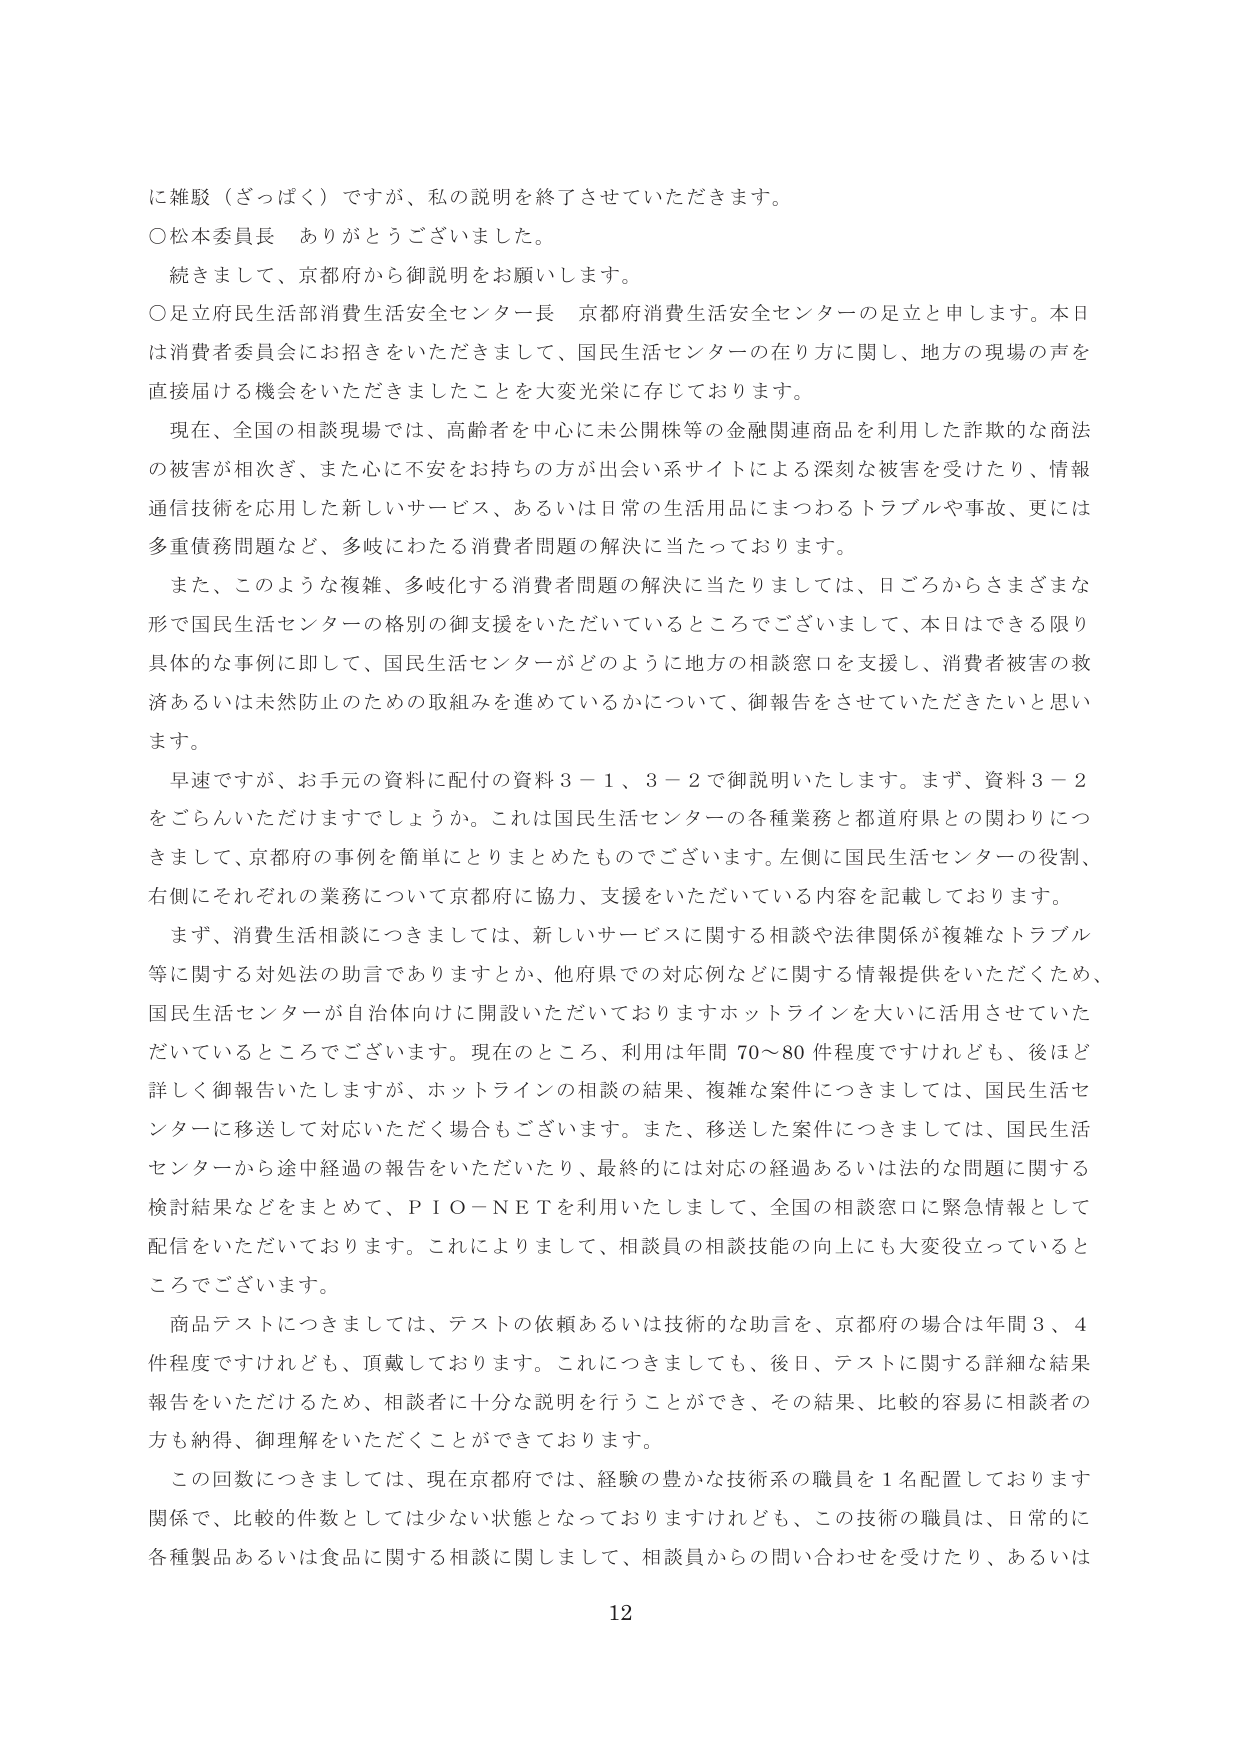
に雑駁（ざっぱく）ですが、私の説明を終了させていただきます。

○松本委員長　ありがとうございました。

　続きまして、京都府から御説明をお願いします。

○足立府民生活部消費生活安全センター長　京都府消費生活安全センターの足立と申します。本日は消費者委員会にお招きをいただきまして、国民生活センターの在り方に関し、地方の現場の声を直接届ける機会をいただきましたことを大変光栄に存じております。

　現在、全国の相談現場では、高齢者を中心に未公開株等の金融関連商品を利用した詐欺的な商法の被害が相次ぎ、また心に不安をお持ちの方が出会い系サイトによる深刻な被害を受けたり、情報通信技術を応用した新しいサービス、あるいは日常の生活用品にまつわるトラブルや事故、更には多重債務問題など、多岐にわたる消費者問題の解決に当たっております。

　また、このような複雑、多岐化する消費者問題の解決に当たりましては、日ごろからさまざまな形で国民生活センターの格別の御支援をいただいているところでございまして、本日はできる限り具体的な事例に即して、国民生活センターがどのように地方の相談窓口を支援し、消費者被害の救済あるいは未然防止のための取組みを進めているかについて、御報告をさせていただきたいと思います。

　早速ですが、お手元の資料に配付の資料３－１、３－２で御説明いたします。まず、資料３－２をごらんいただけますでしょうか。これは国民生活センターの各種業務と都道府県との関わりにつきまして、京都府の事例を簡単にとりまとめたものでございます。左側に国民生活センターの役割、右側にそれぞれの業務について京都府に協力、支援をいただいている内容を記載しております。

　まず、消費生活相談につきましては、新しいサービスに関する相談や法律関係が複雑なトラブル等に関する対処法の助言でありますとか、他府県での対応例などに関する情報提供をいただくため、国民生活センターが自治体向けに開設いただいておりますホットラインを大いに活用させていただいているところでございます。現在のところ、利用は年間70～80件程度ですけれども、後ほど詳しく御報告いたしますが、ホットラインの相談の結果、複雑な案件につきましては、国民生活センターに移送して対応いただく場合もございます。また、移送した案件につきましては、国民生活センターから途中経過の報告をいただいたり、最終的には対応の経過あるいは法的な問題に関する検討結果などをまとめて、ＰＩＯ－ＮＥＴを利用いたしまして、全国の相談窓口に緊急情報として配信をいただいております。これによりまして、相談員の相談技能の向上にも大変役立っているところでございます。

　商品テストにつきましては、テストの依頼あるいは技術的な助言を、京都府の場合は年間3、4件程度ですけれども、頂戴しております。これにつきましても、後日、テストに関する詳細な結果報告をいただけるため、相談者に十分な説明を行うことができ、その結果、比較的容易に相談者の方も納得、御理解をいただくことができております。

　この回数につきましては、現在京都府では、経験の豊かな技術系の職員を1名配置しております関係で、比較的件数としては少ない状態となっておりますけれども、この技術の職員は、日常的に各種製品あるいは食品に関する相談に関しまして、相談員からの問い合わせを受けたり、あるいは

12